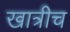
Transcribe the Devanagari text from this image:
खात्रीच